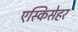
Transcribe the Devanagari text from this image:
एस्किसेहर